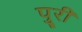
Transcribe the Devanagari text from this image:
पुूरी